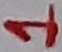
Text: 1